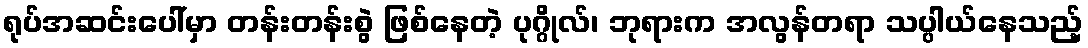
ရုပ်အဆင်းပေါ်မှာ တန်းတန်းစွဲ ဖြစ်နေတဲ့ ပုဂ္ဂိုလ်၊ ဘုရားက အလွန်တရာ သပ္ပါယ်နေသည့်